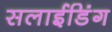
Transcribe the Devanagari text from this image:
सलाईडिंग